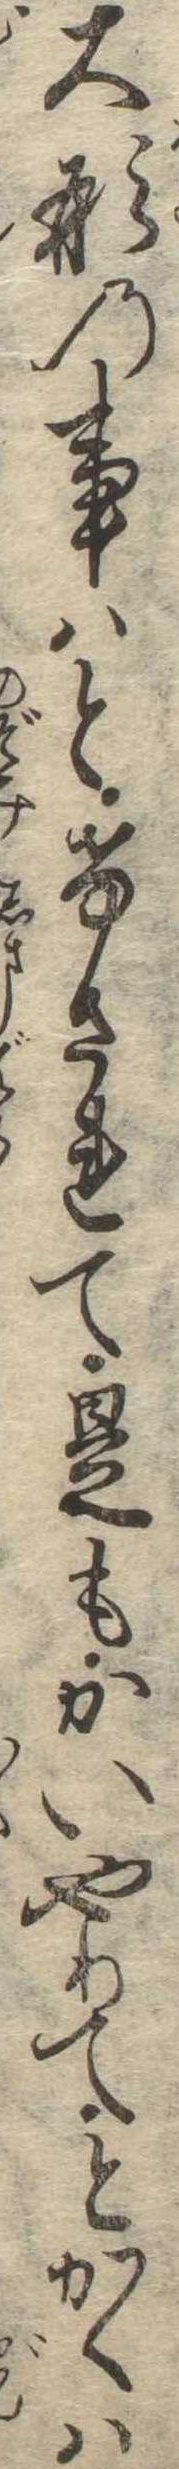
大形の事はとけされて是もかいやりてとかくは